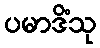
ပမာဒိံသု